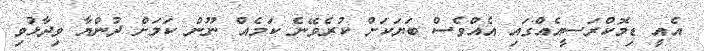
އެއީ ޑިމޮކްރަސީއެއްގައި އެއްވެސް ބަޔަކަށް ކުރެވޭނެ ކަމެއް ނޫން ކަމަށް ދުންޔާ ވިދާޅުވި